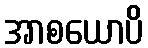
အာစယောပိ